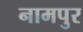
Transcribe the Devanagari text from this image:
नामपुर